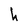
Character: h